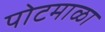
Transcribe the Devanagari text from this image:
पोटमाळा